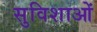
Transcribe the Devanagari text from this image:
सुविशाओं